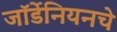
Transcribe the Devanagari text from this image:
जॉर्डेनियनचे